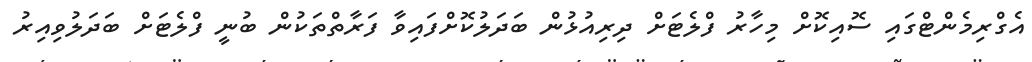
އެގްރިމެންޓްގައި ސޮއިކޮށް މިހާރު ފްލެޓަށް ދިރިއުޅުން ބަދަލުކޮށްފައިވާ ފަރާތްތަކުން ބުނީ ފްލެޓަށް ބަދަލުވިއިރު